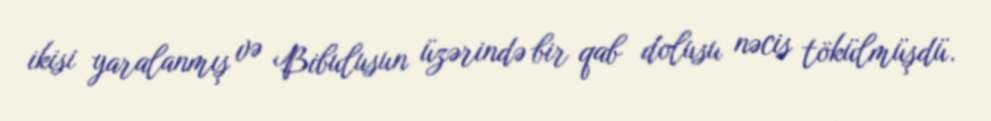
ikisi yaralanmış və Bibulusun üzərində bir qab dolusu nəcis tökülmüşdü.